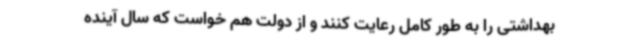
بهداشتی را به طور کامل رعایت کنند و از دولت هم خواست که سال آینده